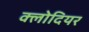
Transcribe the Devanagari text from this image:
क्लोदियर